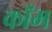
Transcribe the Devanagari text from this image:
काँम